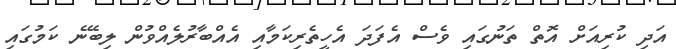
އަދި ކުރިއަށް އޮތް ތަނުގައި ވެސް އެފަދަ އެހީތެރިކަމާއި އެއްބާރުލެއްވުން ލިބޭނެ ކަމުގައި